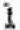
1